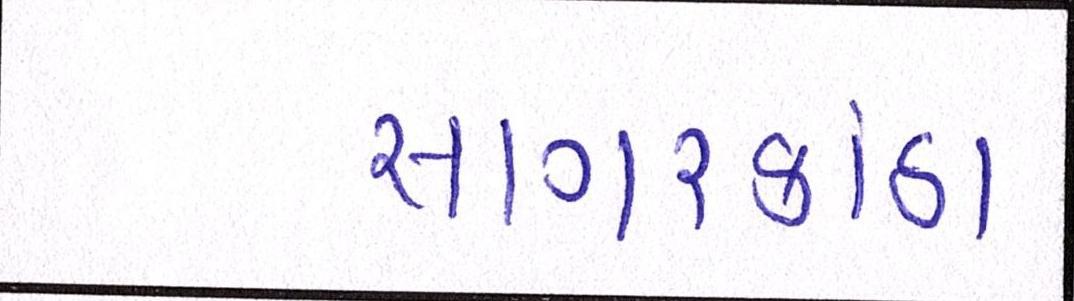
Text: સાગરકાંઠા